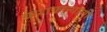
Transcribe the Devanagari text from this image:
कुशकल्याणी